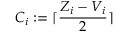
C _ { i } : = \lceil \frac { Z _ { i } - V _ { i } } { 2 } \rceil